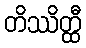
တိဿိတ္ထီ